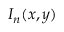
I _ { n } ( x , y )